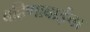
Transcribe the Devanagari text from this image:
बहिणाबाईचा